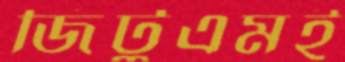
জিটুএমই